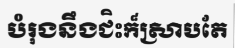
បំរុងនឹងជិះក៏ស្រាបតែ